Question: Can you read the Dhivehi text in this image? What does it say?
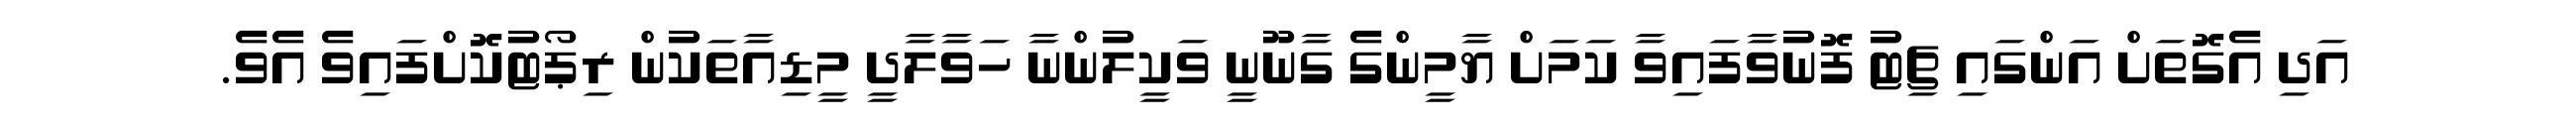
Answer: އަދި އެގޮތަށް އަންގައި ޗިޓު ފޮނުވާފައިވާ ކަމަށް ޔާމީންގެ ގާނޫނީ ވަކީލުންނާ ހަވާލާދީ މީޑިއާތަކުން ރިޕޯޓުކޮށްފައިވެ އެވެ.